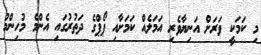
މި ކަމަކީ ވަރަށް އަނިޔާވެރި އަމަލެއް ކަމަށާއި ޕޯޕްގެ ދަތުރުގައި އެންމެ މުހިިންމު